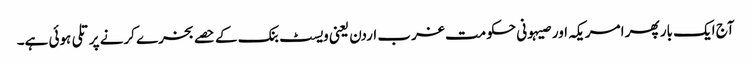
آج ایک بار پھر امریکہ اور صیہونی حکومت غرب اردن یعنی ویسٹ بنک کے حصے بخرے کرنے پر تلی ہوئی ہے۔